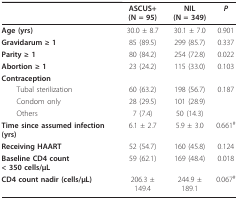
|  | ASCUS+ (N = 95) | NIL (N = 349) | P |
 | --- | --- | --- | --- |
 | Age (yrs) | 30.0 ± 8.7 | 30.1 ± 7.0 | 0.901 |
 | Gravidarum ≥ 1 | 85 (89.5) | 299 (85.7) | 0.337 |
 | Parity ≥ 1 | 80 (84.2) | 254 (72.8) | 0.022 |
 | Abortion ≥ 1 | 23 (24.2) | 115 (33.0) | 0.103 |
 | Contraception |  |  |  |
 | Tubal sterilization | 60 (63.2) | 198 (56.7) | 0.187 |
 | Condom only | 28 (29.5) | 101 (28.9) |  |
 | Others | 7 (7.4) | 50 (14.3) |  |
 | Time since assumed infection (yrs) | 6.1 ± 2.7 | 5.9 ± 3.0 | 0.661 # |
 | Receiving HAART | 52 (54.7) | 160 (45.8) | 0.124 |
 | Baseline CD4 count < 350cells/μL | 59 (62.1) | 169 (48.4) | 0.018 |
 | CD4 count nadir (cells/μL) | 206.3 ± 149.4 | 244.9 ± 189.1 | 0.067 # |